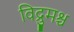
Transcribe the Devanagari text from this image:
विद्रुमश्च